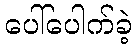
ပေါ်ပေါက်ခဲ့